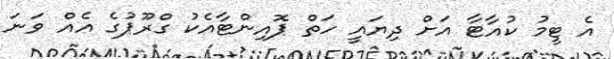
އެ ޓީމު ކުއާޓާ އަށް ދިޔައީ ހަތް ޕޮއިންޓާއެކު ގްރޫޕުގެ އެއް ވަނަ